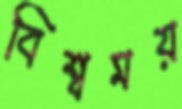
বিশ্বময়